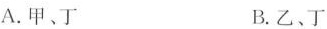
A.甲、丁 B.乙、丁